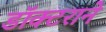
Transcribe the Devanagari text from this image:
डॉक्टराने